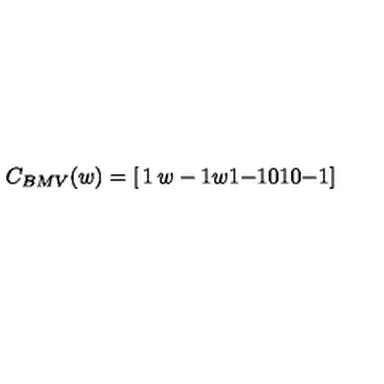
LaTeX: C _ { B M V } ( w ) = \left[ \begin{matrix} { 1 } & { w - 1 } & { w } \\ { 1 } & { - 1 } & { 0 } \\ { 1 } & { 0 } & { - 1 } \\ \end{matrix} \right]